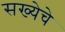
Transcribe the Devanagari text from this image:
सख्येचे